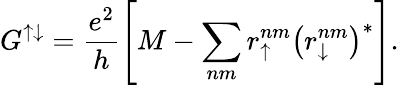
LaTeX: G^{\uparrow\downarrow}=\frac{e^{2}}{h}\left[M-\sum_{nm}r_{\uparrow}^{nm}\left(r_{\downarrow}^{nm}\right)^{*}\right].